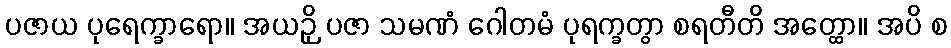
ပဇာယ ပုရေက္ခာရော။ အယဉှိ ပဇာ သမဏံ ဂေါတမံ ပုရက္ခတွာ စရတီတိ အတ္ထော။ အပိ စ